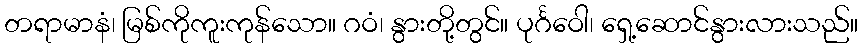
တရာမာနံ၊ မြစ်ကိုကူးကုန်သော။ ဂဝံ၊ နွားတို့တွင်။ ပုင်္ဂဝေါ၊ ရှေ့ဆောင်နွားလားသည်။